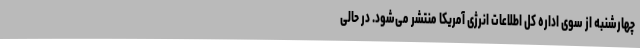
چهارشنبه از سوی اداره کل اطلاعات انرژی آمریکا منتشر می‌شود. در حالی